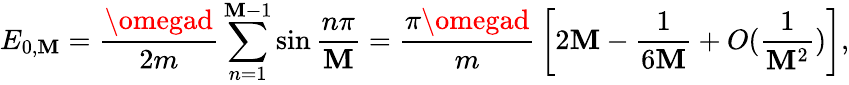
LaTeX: E_{0,\mathbf{M}}={\frac{{\omegad}}{{2m}}}\sum_{n=1}^{\mathbf{M}-1}\sin{\frac{{n\pi}}{{\mathbf{M}}}}={\frac{{\pi\omegad}}{{m}}}\left[{2}\mathbf{M}-{\frac{{1}}{{6\mathbf{M}}}}+O({\frac{{1}}{{\mathbf{M}^{2}}}})\right],